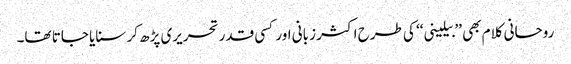
روحانی کلام بھی ’’بیلینی‘‘ کی طرح اکثر زبانی اور کسی قدر تحریری پڑھ کر سنایا جاتا تھا۔